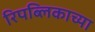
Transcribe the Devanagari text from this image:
रिपब्लिकाच्या